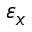
\varepsilon _ { x }